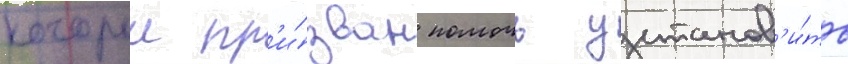
которыи пр'и́зван помочь установ'и́ть